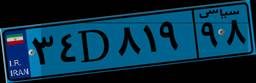
۴۵D۰۱۷۷۷